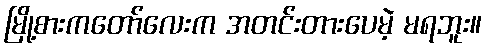
မြို့စားကတော်လေးက အတင်းတားပေမဲ့ မရဘူး။